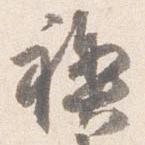
禊